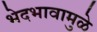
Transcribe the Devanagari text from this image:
भेदभावामुळे